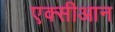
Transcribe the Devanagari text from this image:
एक्सीआन